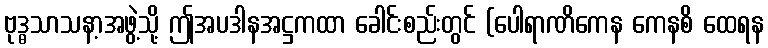
ဗုဒ္ဓသာသနာ့အဖွဲ့သို့ ဤအပဒါနအဋ္ဌကထာ ခေါင်းစည်းတွင် (ပေါရာဏိကေန ကေနစိ ထေရန